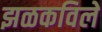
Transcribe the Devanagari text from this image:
झळकविले